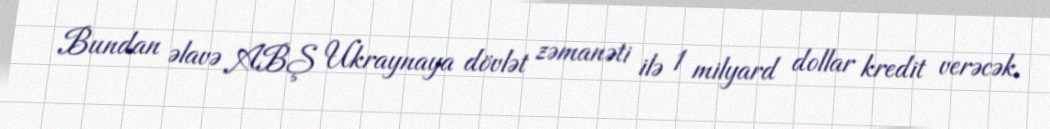
Bundan əlavə ABŞ Ukraynaya dövlət zəmanəti ilə 1 milyard dollar kredit verəcək.